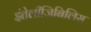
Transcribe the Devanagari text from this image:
इंतेलीजिबिलिस